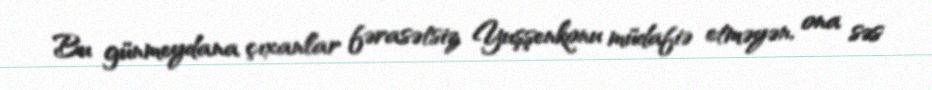
Bu günmeydana çıxanlar fərasətsiz Yuşşenkonu müdafiə etməyən, ona səs